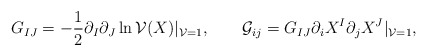
\begin{align*}G_{IJ} = -\frac12\partial_I\partial_J\ln {\cal V}(X)|_{{\cal V}=1}, \qquad{\cal G}_{ij} = G_{IJ}\partial_i X^I\partial_j X^J|_{{\cal V}=1},\end{align*}